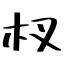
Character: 杈